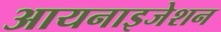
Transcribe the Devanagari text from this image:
आयनाइजेशन